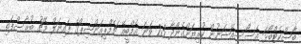
ބާސްކެޓްބޯޅަ އެސޯސިއޭޝަނުން ކުރިޔަށްގެންދާ 23 ވަނަ އެމްބީއޭ ޗެމްޕިއަންޝިޕްގެ ފައިނަލް މެޗު ބުރާސްފަތި